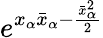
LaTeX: e^{x_{\alpha}\bar{x}_{\alpha}-\frac{\bar{x}_{\alpha}^{2}}{2}}